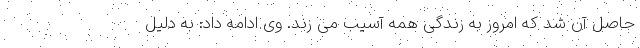
حاصل آن شد که امروز به زندگی همه آسیب می زند. وی ادامه داد: به دلیل